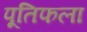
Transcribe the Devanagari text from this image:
पूतिफला